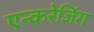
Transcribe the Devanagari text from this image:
एन्करेजिंग